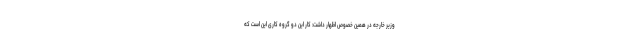
وزیر خارجه در همین خصوص اظهار داشت: کار این دو گروه کاری این است که